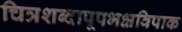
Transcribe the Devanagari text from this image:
चित्रशब्दापूपभक्षविपाक